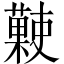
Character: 𧀞